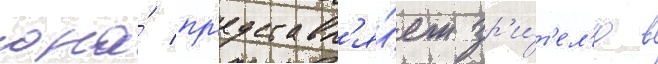
она́ пр'едставл'я́ет зр'и́т'ел'ю в